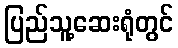
ပြည်သူ့ဆေးရုံတွင်